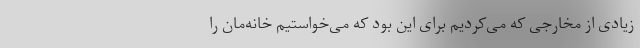
زیادی از مخارجی که می‌کردیم برای این بود که می‌خواستیم خانه‌مان را